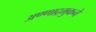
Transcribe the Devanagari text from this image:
अण्णाद्रमुकने